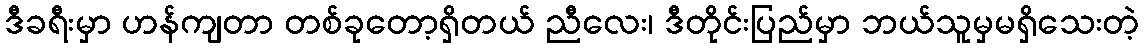
ဒီခရီးမှာ ဟန်ကျတာ တစ်ခုတော့ရှိတယ် ညီလေး၊ ဒီတိုင်းပြည်မှာ ဘယ်သူမှမရှိသေးတဲ့